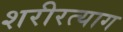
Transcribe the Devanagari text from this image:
शरीरत्याग